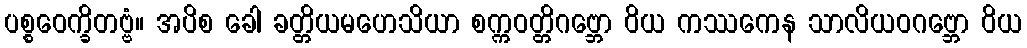
ပစ္စဝေက္ခိတဗ္ဗံ။ အပိစ ခေါ ခတ္တိယမဟေသိယာ စက္ကဝတ္တိဂဗ္ဘော ဝိယ ကဿကေန သာလိယဝဂဗ္ဘော ဝိယ